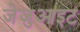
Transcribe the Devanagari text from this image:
जेजुआइट